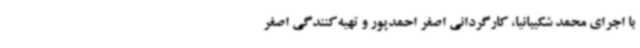
با اجرای محمد شکیبانیا، کارگردانی اصغر احمدپور و تهیه‌کنندگی اصغر